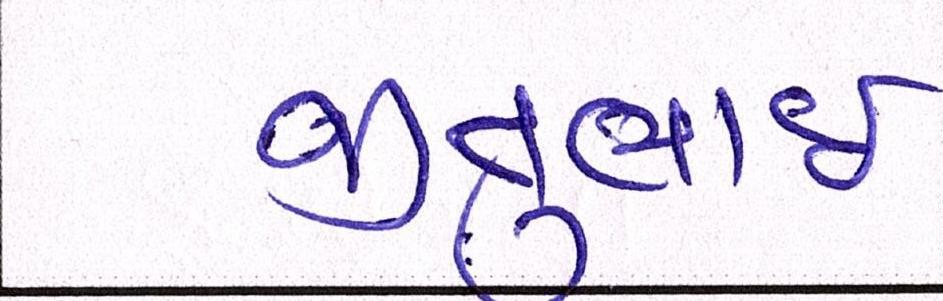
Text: જીતુભાઈ